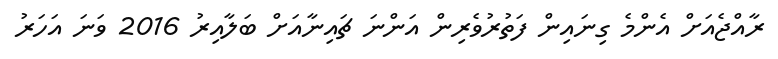
ރާއްޖެއަށް އެންމެ ގިނައިން ފަތުރުވެރިން އަންނަ ޗައިނާއަށް ބަލާއިރު 2016 ވަނަ އަހަރު